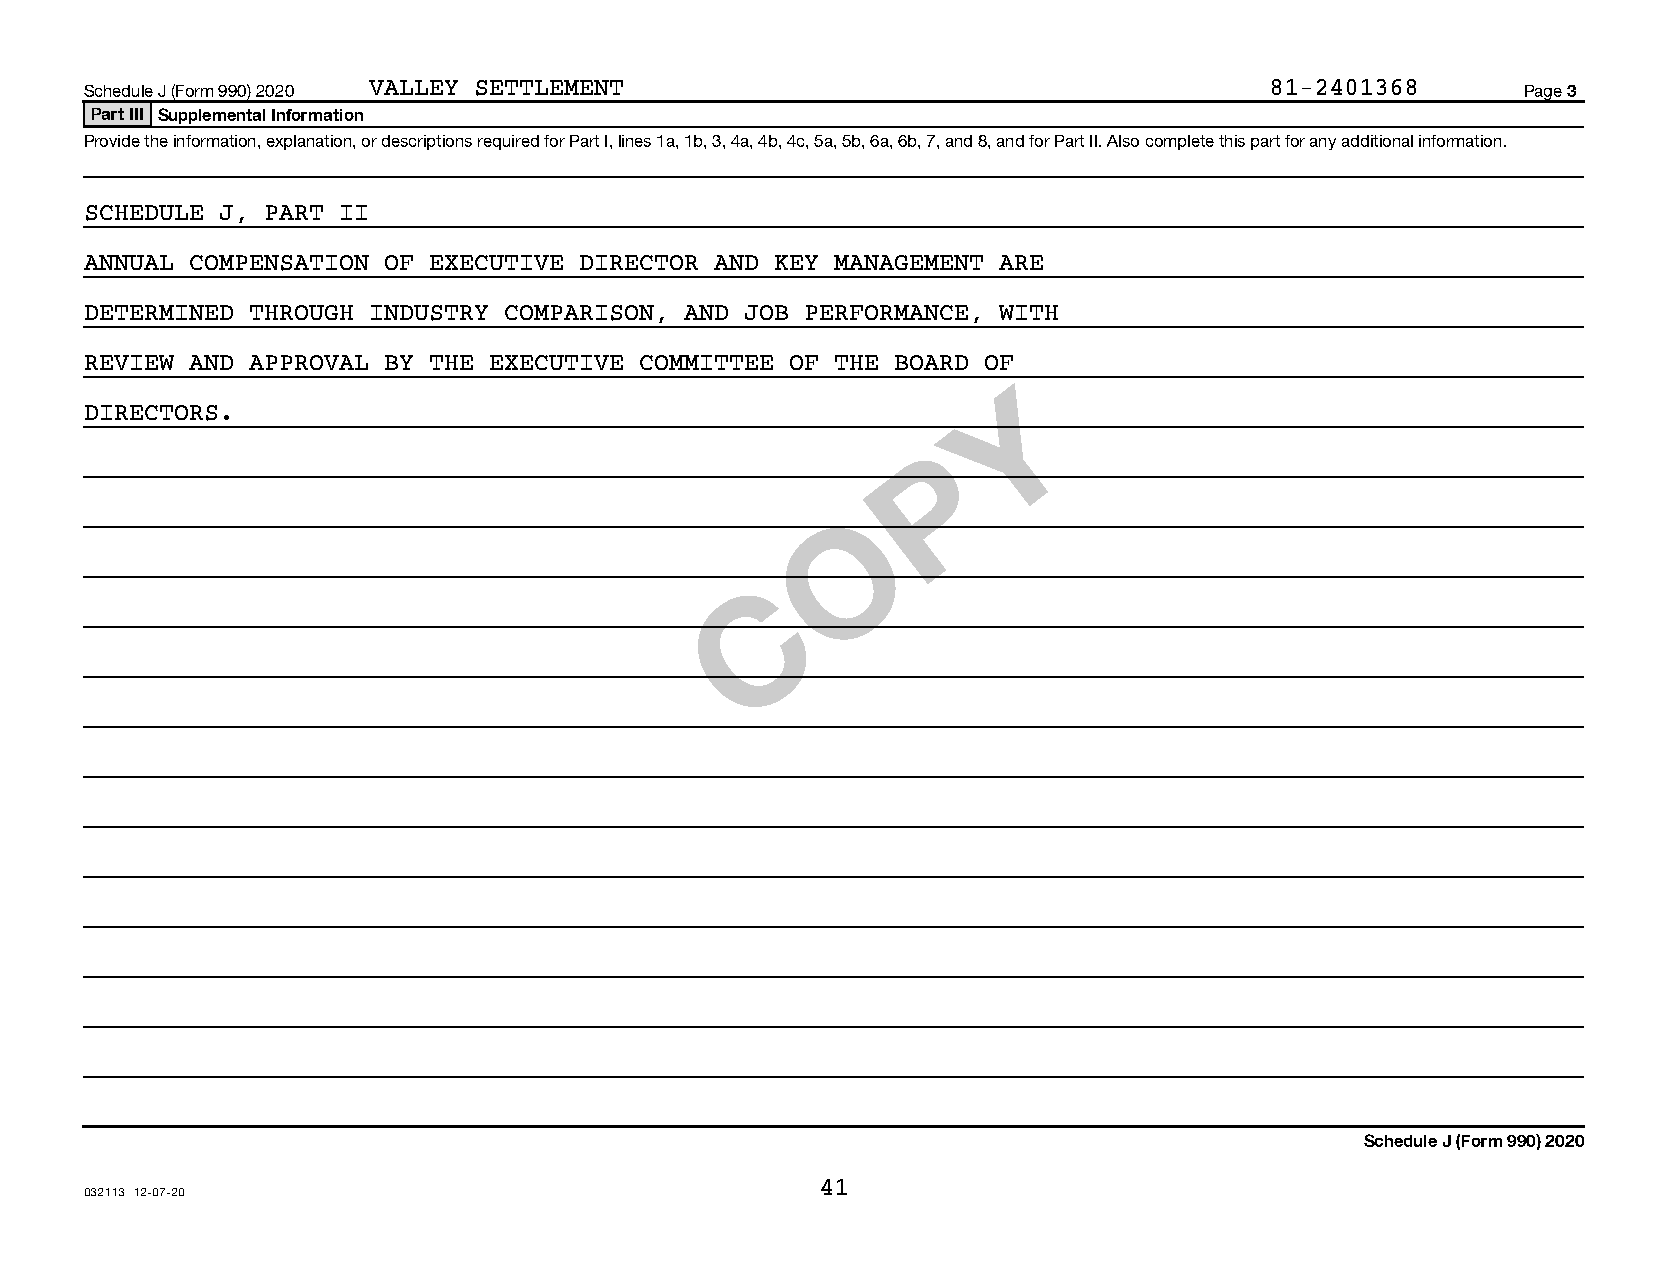
Schedule J (Form 990) 2020 VALLEY SETTLEMENT                                  81-2401368       Page 3
 Part III Supplemental Information
 Provide the information, explanation, or descriptions required for Part I, lines 1a, 1b, 3, 4a, 4b, 4c, 5a, 5b, 6a, 6b, 7, and 8, and for Part II. Also complete this part for any additional information.
 SCHEDULE J, PART II
 ANNUAL COMPENSATION OF EXECUTIVE DIRECTOR AND KEY MANAGEMENT ARE
 DETERMINED THROUGH INDUSTRY COMPARISON, AND JOB PERFORMANCE, WITH
 REVIEW AND APPROVAL BY THE EXECUTIVE COMMITTEE OF THE BOARD OF
 Y
 DIRECTORS.
 P
 O
 C
 Schedule J (Form 990) 2020
 41
 032113 12-07-20
 07411112 765183 7015         2020.04030 VALLEY SETTLEMENT           7015___1